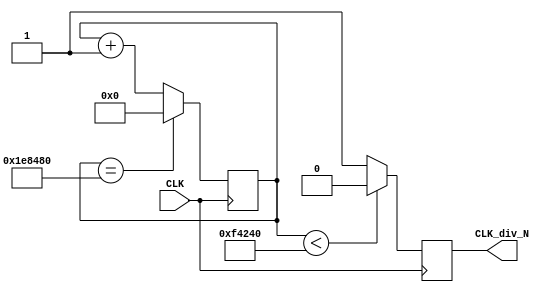
module div_clk(input CLK,output reg CLK_div_N);
	parameter N=1000000;
	reg [31:0] count=0;
	always @ (posedge CLK)
	begin
	if(count==2*N) 
	count<=0;       
	else count<=count+1;    
	CLK_div_N=(count<N)?0:1;
	end
endmodule